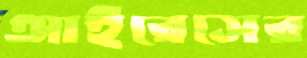
আইরেসের